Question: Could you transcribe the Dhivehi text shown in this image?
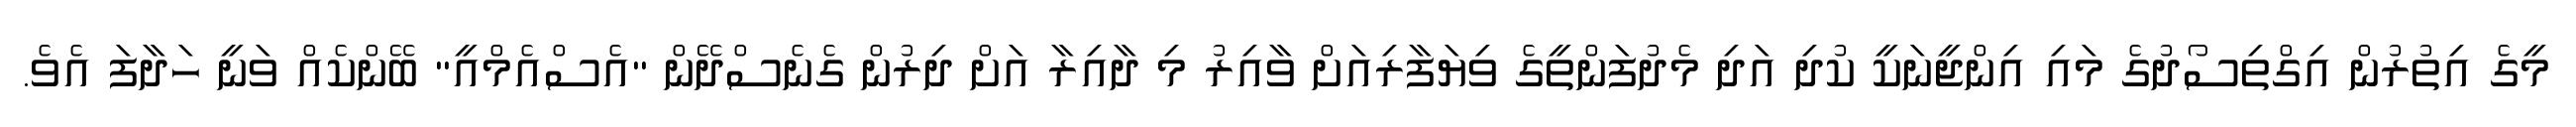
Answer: މީގެ އިތުރުން އިގްތިސޯދުގެ މައި އިންޖީނަކީ ކުދި އަދި މެދުފަންތީގެ ވިޔަފާރިއަށް ވާއިރު މި ދާއިރާ އަށް ދިރުން ގެނެސްދޭން "އެސްއެމްއީ" ބޭންކެއް ވަނީ ހަދާފަ އެވެ.